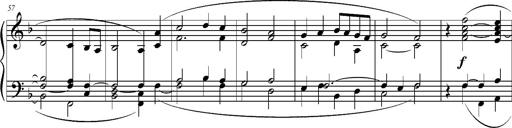
Title: Ave Maria d' Arcadelt
Composer: Franz Liszt